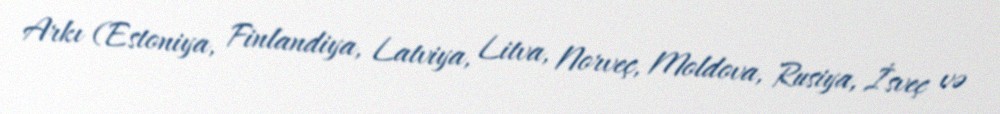
Arkı (Estoniya, Finlandiya, Latviya, Litva, Norveç, Moldova, Rusiya, İsveç və